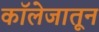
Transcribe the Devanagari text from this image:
काॅलेजातून